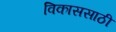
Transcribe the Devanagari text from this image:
विकाससाठी